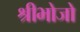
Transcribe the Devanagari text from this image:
श्रीभोजो